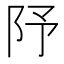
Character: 䦽